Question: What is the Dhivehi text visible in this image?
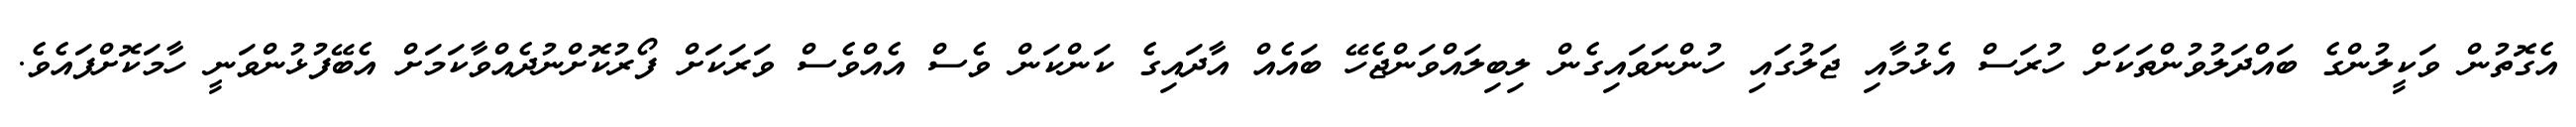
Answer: އެގޮތުން ވަކީލުންގެ ބައްދަލުވުންތަކަށް ހުރަސް އެޅުމާއި ޖަލުގައި ހުންނަވައިގެން ލިބިލައްވަންޖެހޭ ބައެއް އާދައިގެ ކަންކަން ވެސް އެއްވެސް ވަރަކަށް ފޯރުކޮށްނުދެއްވާކަމަށް އެބޭފުޅުންވަނީ ހާމަކޮށްފައެވެ.